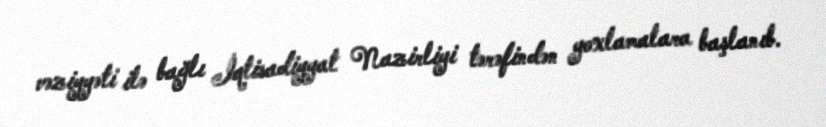
vəziyyəti ilə bağlı İqtisadiyyat Nazirliyi tərəfindən yoxlamalara başlanıb.